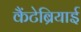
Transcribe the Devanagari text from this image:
कैंटेब्रियाई